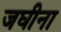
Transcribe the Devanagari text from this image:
जघीना